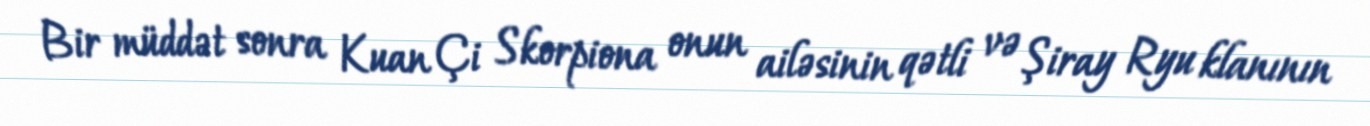
Bir müddət sonra Kuan Çi Skorpiona onun ailəsinin qətli və Şiray Ryu klanının